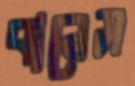
বানেস